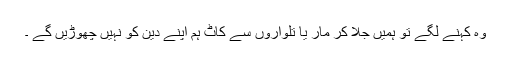
وہ کہنے لگے تو ہمیں جلا کر مار یا تلواروں سے کاٹ ہم اپنے دین کو نہیں چھوڑیں گے ۔